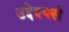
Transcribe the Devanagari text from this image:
उद्देश्यसे